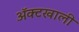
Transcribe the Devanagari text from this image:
ॲक्टखाली